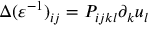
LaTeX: \Delta ( \varepsilon ^ { - 1 } ) _ { i j } = P _ { i j k l } \partial _ { k } u _ { l }